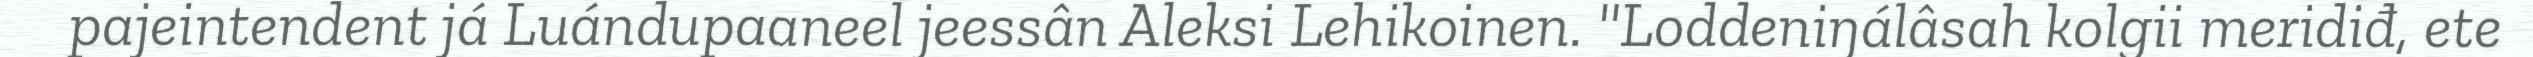
pajeintendent já Luándupaaneel jeessân Aleksi Lehikoinen. "Loddeniŋálâsah kolgii meridiđ, ete